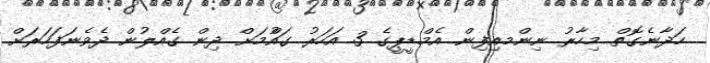
ހަދާނެގޮތް މިހާރު ނިންމއިފިން. އެމްޑީޕީގެ 3 އަހަރު ގައްުމަށް ދިން ގެއްލުން ދެވެނަފަހަރަށް